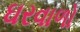
ઘરવાળો